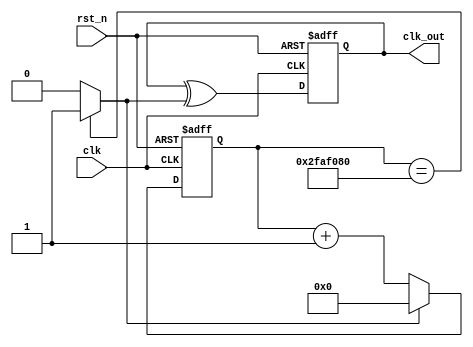
module freq_div(clk_out,clk,rst_n);
    
output reg  clk_out;
input clk;
input rst_n;

    reg [25:0] cnt;
    reg [25:0] cnt_tmp1;
    reg [25:0] cnt_tmp2;
    reg cmp;
    reg clk_tmp;

//1Hz    
    always@*
    begin
    clk_tmp = clk_out ^ cmp;
    cnt_tmp1 = cnt + 1'b1;
    end
    
    always@*
    if(cnt==26'd50000000) cmp = 1;
    else cmp = 0;
    
    always@*
    if(cmp) cnt_tmp2 = 26'd0;
    else cnt_tmp2 = cnt_tmp1;
    
    always@(posedge clk or negedge rst_n)
    if(~rst_n)
    begin
        cnt <= 26'd0;
        clk_out <= 1'b0;
    end
    else
    begin
        cnt <= cnt_tmp2;
        clk_out <= clk_tmp;
    end   
        
endmodule